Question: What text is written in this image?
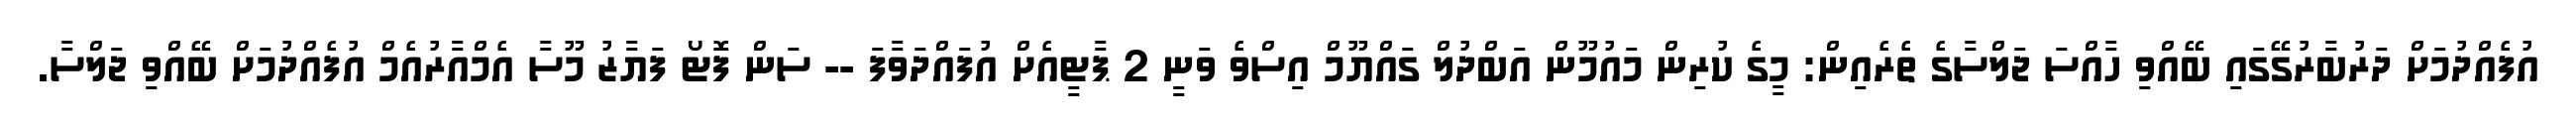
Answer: އުފެއްދުމަށް ދަރުބާރުގޭގައި ބޭއްވި ހާއްސަ ޖަލްސާގެ ތެރެއިން: މީގެ ކުރިން މައުމޫން އަބްދުލް ގައްޔޫމް އިސްވެ ވަނީ 2 ޕާޓީއެށް އުފައްދަވާފަ -- ސަން ފޮޓޯ ފަޔާޒު މޫސާ އެމްއާރުއެމް އުފެއްދުމަށް ބޭއްވި ޖަލްސާ.